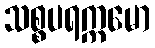
သစ္စပရက္ကမော